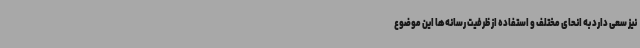
نیز سعی دارد به انحای مختلف و استفاده از ظرفیت رسانه‌ها این موضوع